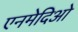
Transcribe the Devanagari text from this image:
एनमेदिओ